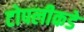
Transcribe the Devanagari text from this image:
टोपलीकडे